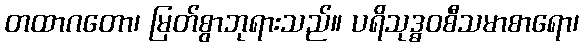
တထာဂတော၊ မြတ်စွာဘုရားသည်။ ပရိသုဒ္ဓဝစီသမာစာရော၊